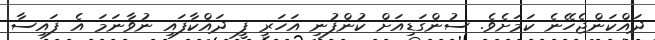
ދައްކަންޖެހޭނެ ކަމަށެވެ. ސުންގަޑިއަށް ކުންފުނި އަހަރީ ފީ ދައްކާފައި ނުވާނަމަ އެ ފައިސާ